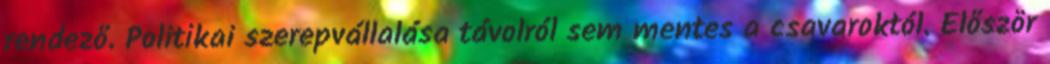
rendező. Politikai szerepvállalása távolról sem mentes a csavaroktól. Először